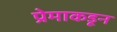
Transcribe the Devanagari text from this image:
प्रेमाकडून